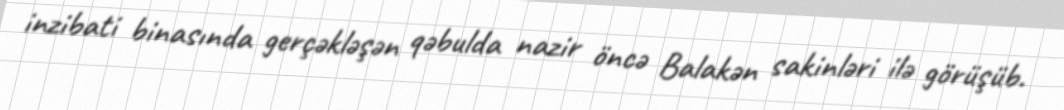
inzibati binasında gerçəkləşən qəbulda nazir öncə Balakən sakinləri ilə görüşüb.